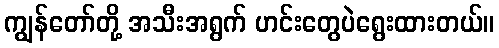
ကျွန်တော်တို့ အသီးအရွက် ဟင်းတွေပဲရွေးထားတယ်။